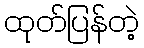
ထုတ်ပြန်တဲ့